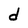
Character: d